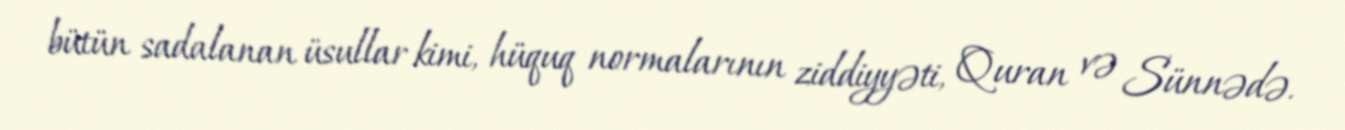
bütün sadalanan üsullar kimi, hüquq normalarının ziddiyyəti, Quran və Sünnədə.